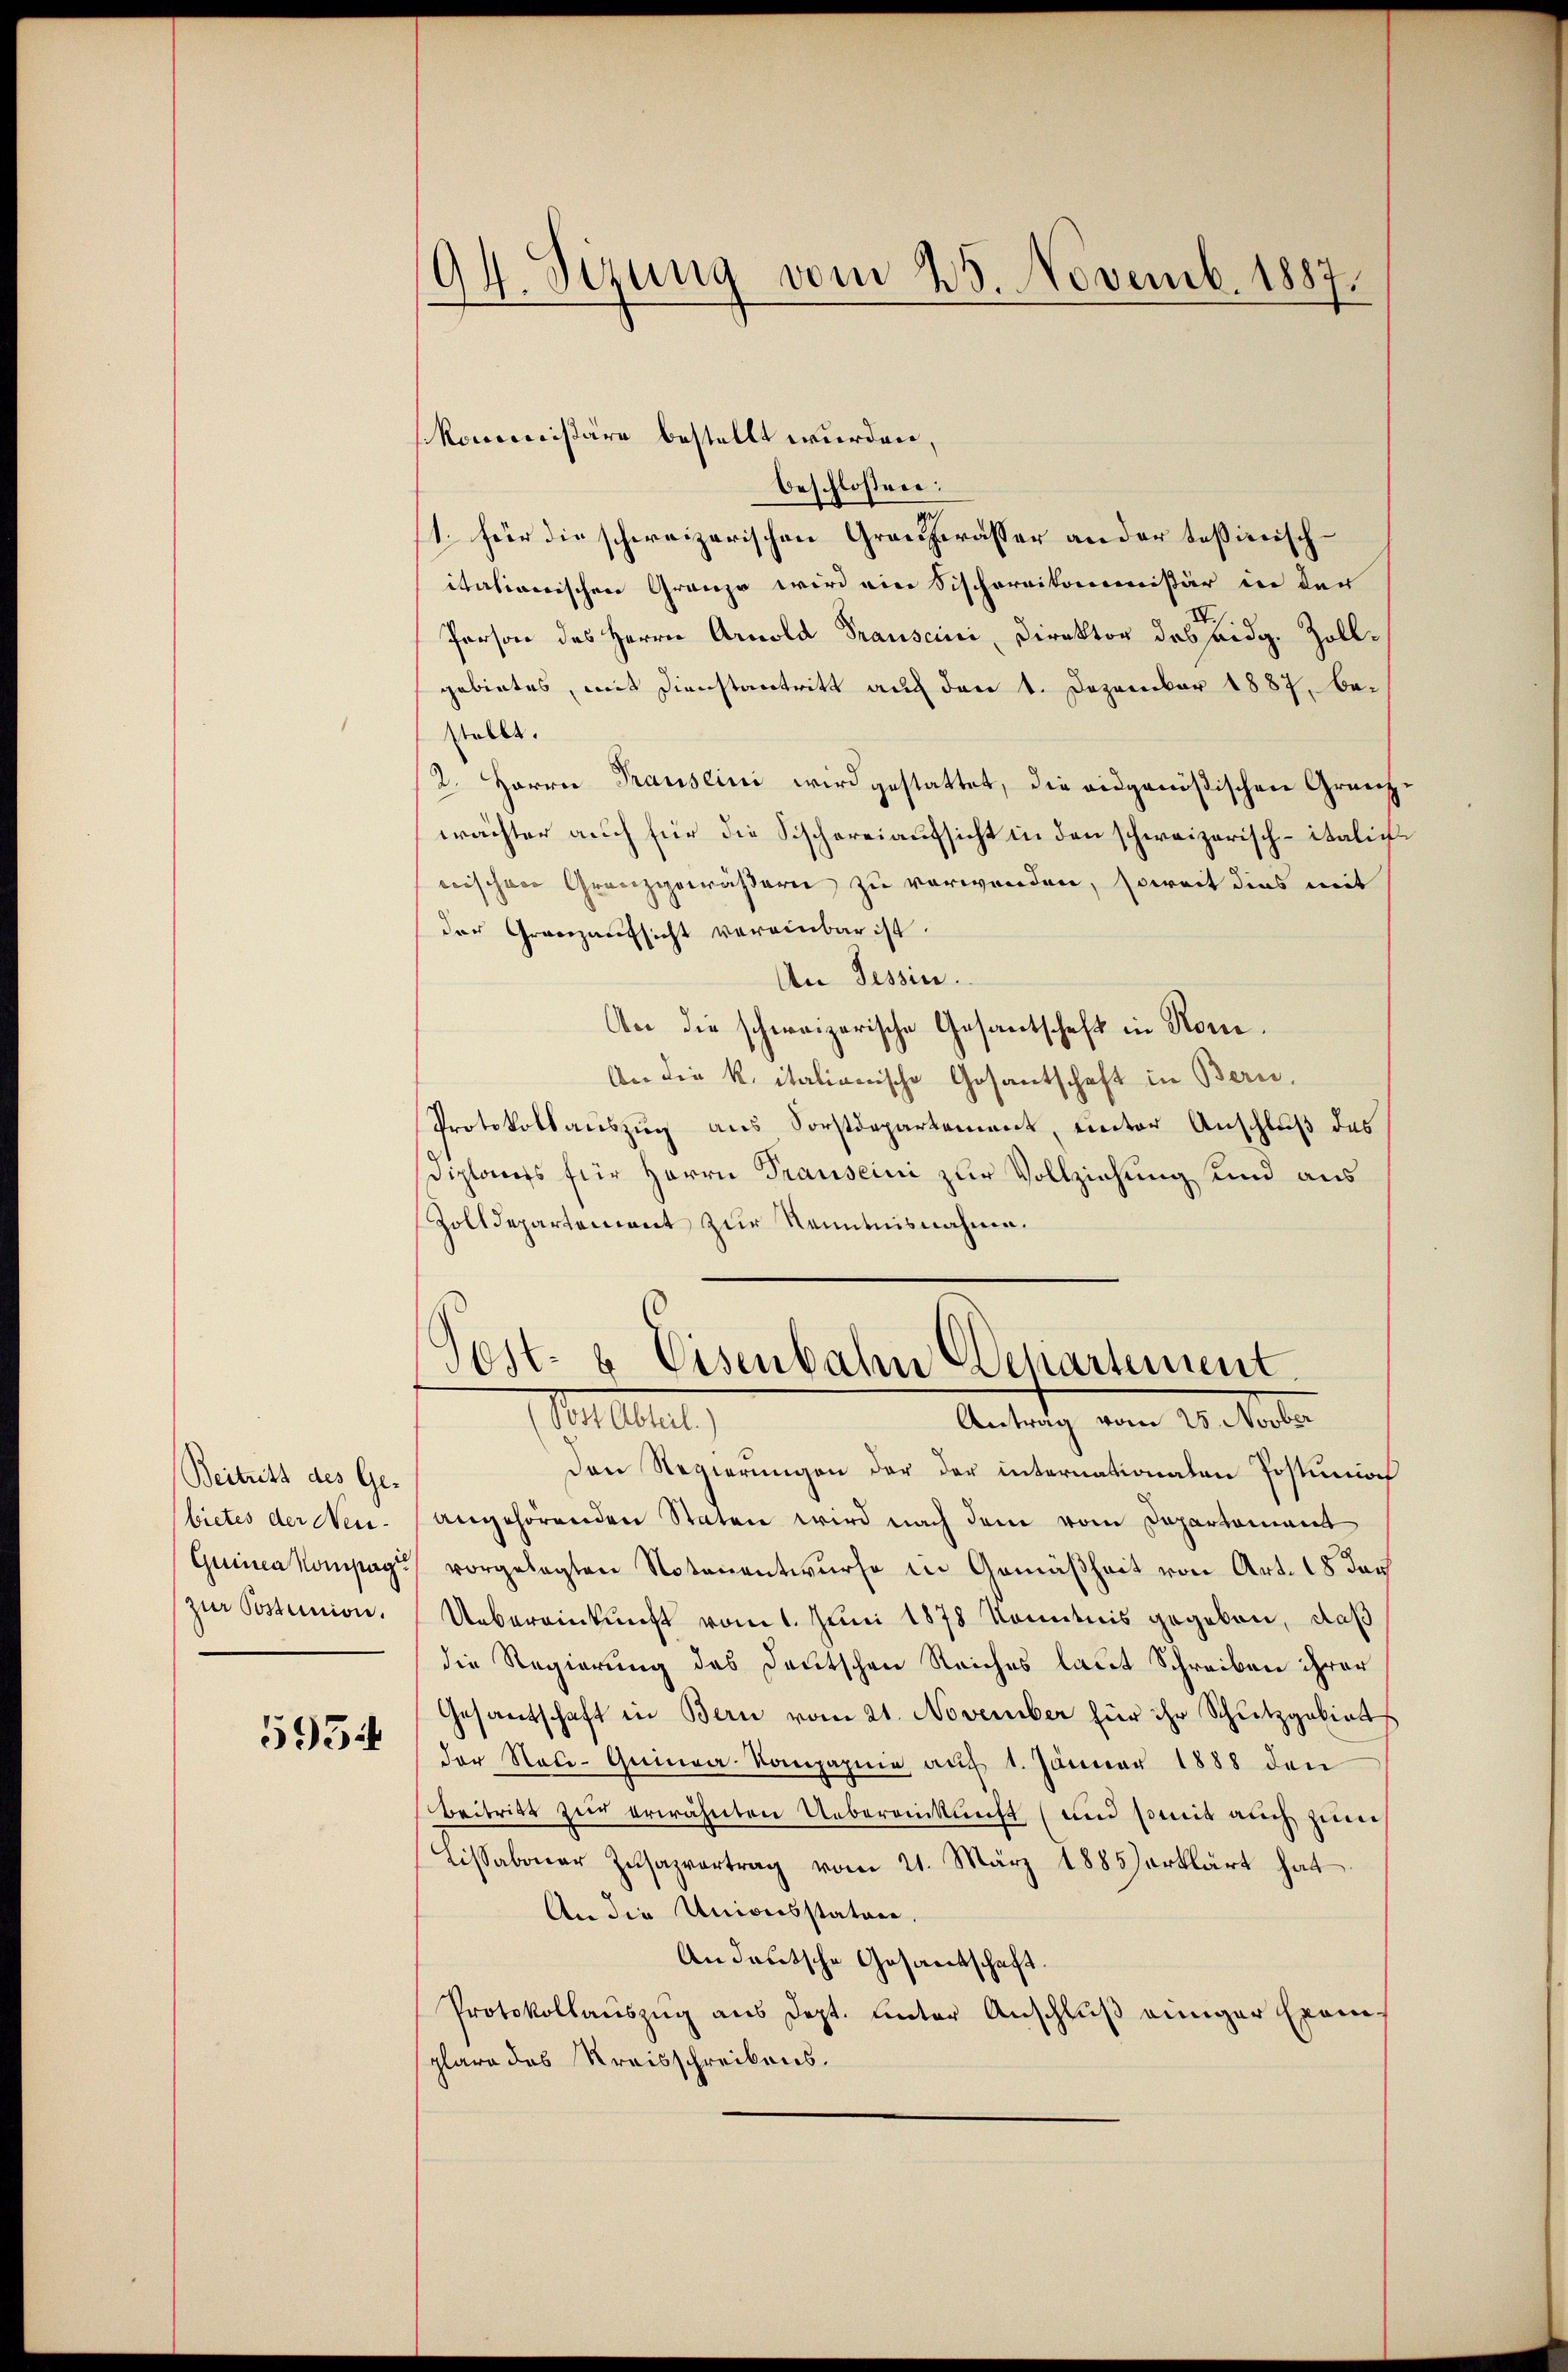
Beitritt des Ge-
bietes der Neu-
Grina Kompag
zur Postunion.

5954

94. Sezung vom 25. Novemb. 1887.

Kommissäre bestellt wurden,
beschlossen:
1. für die schweizerischen Grauzerasser an der taßierisch-
itationischen Granze wird eine Sischoreikommissär in der
Person des Herrn Arnold Transcini, Direktor des eidg. Zollgebietes, mit Dienstantritt auch den 1. Dezember 1887, bestellt.
2. Herrn Trauseini wird gestattet, die eidgenößischen Granzwächter auch für die Fischereiaufsicht in den schweizerisch-italicwischen Granzgewässern zu verwenden, soweit dies mit
der Granzaufsicht vereinbar ist.
An Tessin.
An die schweizerische Gesantschaft in Rone.
An die K. italionische Gesantschaft in Bern,
Protokollauszug aus Forstdepartement, unter Anschluß das
Diploms für Herrn Trauseini zur Vollziehung und aus
Zolldepartement zur Kenntnisnahme.

Post- & Eisenbahn Departement.
Moellet,
Antrag vom 25. Novber

Den Regierungen der der internationalen Postumoch
angehörenden Staten wird nach dem vom Departement
vorgelegten Notenentwurfe in Gemäßheit von Art. 18 den
Uebereinkunft vom 1. Juni 1878 konntnis gegeben, daß
die Regierung des Deutschen Reiches laut Schreiben ihrer
Gesantschaft in Bern vom 21. November für ihr Schutzgebiet
der Neŭ-Guinca-Kompagnie aŭf 1. Jänner 1888 den
Beitritt zur erwähnten Uebereinkunft (und somit auch zum
Lissabonar Zŭsazvortrag vom 21. März 1885) erklärt hat
An die Universstatuer.
Andeutsche Gesandschaft.
Protokollauszug aus Dept. unter Anschluß einiger Exemplare das Kreisschreibens.